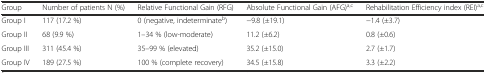
<table><thead><tr><td><b>Group</b></td><td><b>Number of patients N (%)</b></td><td><b>Relative Functional Gain (RFG)</b></td><td><b>Absolute Functional Gain (AFG)<sup>a,c</sup></b></td><td><b>Rehabilitation Efficiency index (REI)<sup>a,c</sup></b></td></tr></thead><tbody><tr><td>Group I</td><td>117 (17.2 %)</td><td>0 (negative, indeterminate<sup>b</sup>)</td><td>−9.8 (±19.1)</td><td>−1.4 (±3.7)</td></tr><tr><td>Group II</td><td>68 (9.9 %)</td><td>1–34 % (low-moderate)</td><td>11.2 (±6.2)</td><td>0.8 (±0.6)</td></tr><tr><td>Group III</td><td>311 (45.4 %)</td><td>35–99 % (elevated)</td><td>35.2 (±15.0)</td><td>2.7 (±1.7)</td></tr><tr><td>Group IV</td><td>189 (27.5 %)</td><td>100 % (complete recovery)</td><td>34.5 (±15.8)</td><td>3.3 (±2.2)</td></tr></tbody></table>